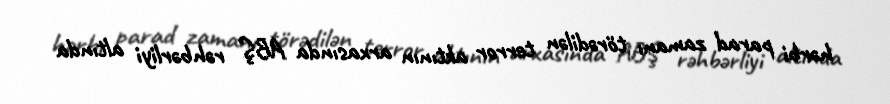
hərbi parad zamanı törədilən terror aktının arxasında ABŞ rəhbərliyi altında